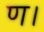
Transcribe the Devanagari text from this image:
ण।